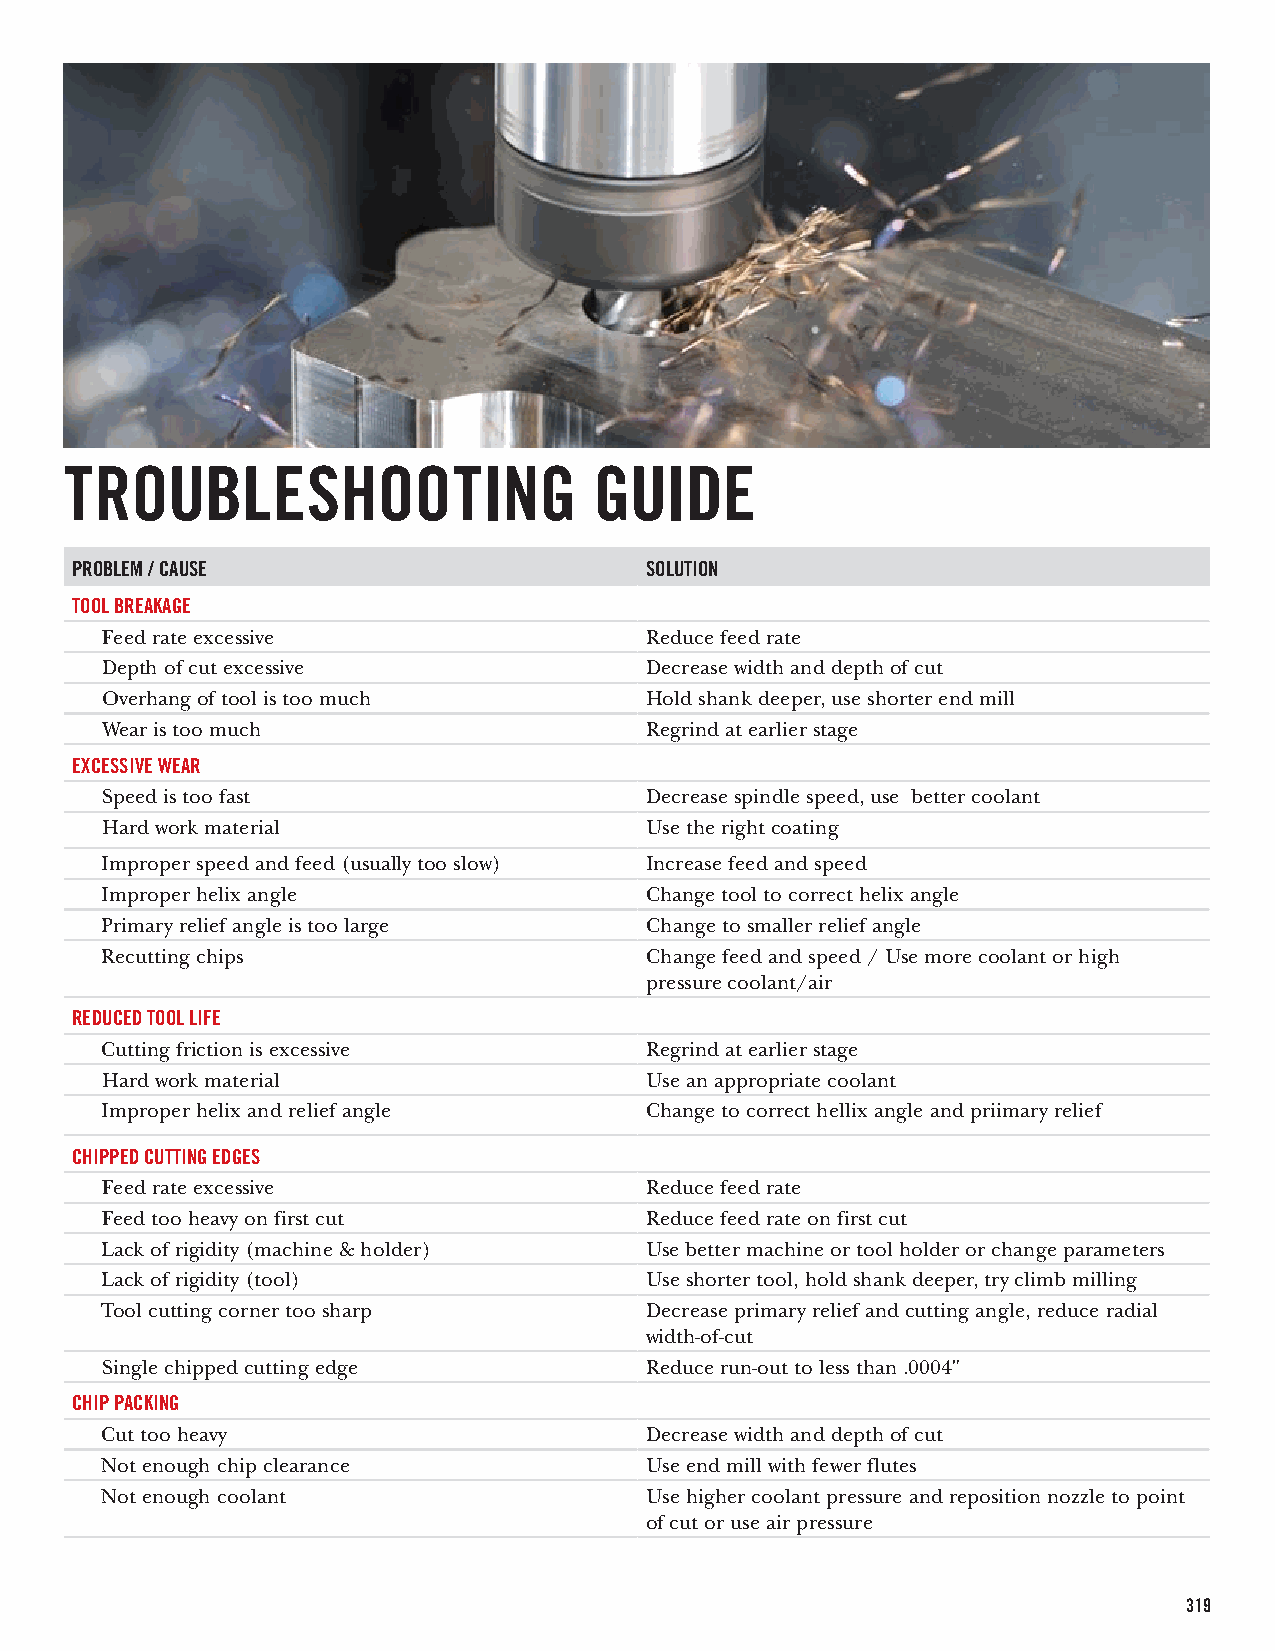
TROUBLESHOOTING                    GUIDE
 PROBLEM / CAUSE                       SOLUTION
 TOOL BREAKAGE
 Feed rate excessive                 Reduce feed rate
 Depth of cut excessive              Decrease width and depth of cut
 Overhang of tool is too much        Hold shank deeper, use shorter end mill
 Wear is too much                    Regrind at earlier stage
 EXCESSIVE WEAR
 Speed is too fast                   Decrease spindle speed, use better coolant
 Hard work material                  Use the right coating
 Improper speed and feed (usually too slow) Increase feed and speed
 Improper helix angle                Change tool to correct helix angle
 Primary relief angle is too large   Change to smaller relief angle
 Recutting chips                     Change feed and speed / Use more coolant or high
 pressure coolant/air
 REDUCED TOOL LIFE
 Cutting friction is excessive       Regrind at earlier stage
 Hard work material                  Use an appropriate coolant
 Improper helix and relief angle     Change to correct hellix angle and priimary relief
 CHIPPED CUTTING EDGES
 Feed rate excessive                 Reduce feed rate
 Feed too heavy on first cut         Reduce feed rate on first cut
 Lack of rigidity (machine & holder) Use better machine or tool holder or change parameters
 Lack of rigidity (tool)             Use shorter tool, hold shank deeper, try climb milling
 Tool cutting corner too sharp       Decrease primary relief and cutting angle, reduce radial
 width-of-cut
 Single chipped cutting edge         Reduce run-out to less than .0004"
 CHIP PACKING
 Cut too heavy                       Decrease width and depth of cut
 Not enough chip clearance           Use end mill with fewer flutes
 Not enough coolant                  Use higher coolant pressure and reposition nozzle to point
 of cut or use air pressure
 319